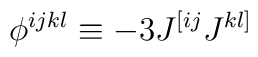
\phi^{ijkl} \equiv -3 J^{[ij}J^{kl]}